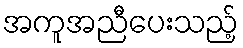
အကူအညီပေးသည့်